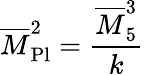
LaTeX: \overline{{M}}_{\mathrm{Pl}}^{2}={\frac{\overline{{M}}_{5}^{3}}{k}}\,